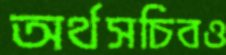
অর্থসচিবও